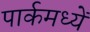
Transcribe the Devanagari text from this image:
पार्कमध्यें